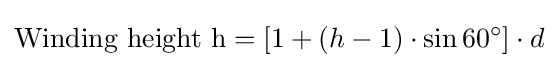
{\text{Winding height h}}=[1+(h-1)\cdot \sin 60^{\circ }]\cdot d